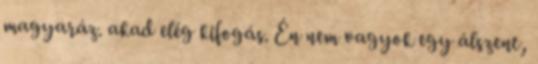
magyaráz. akad elég kifogás. Én nem vagyok egy álszent,